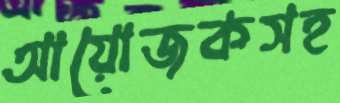
আয়োজকসহ